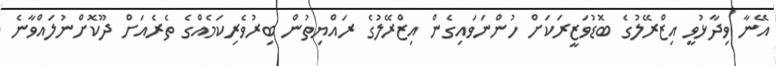
އޭނާ ވިދާޅުވީ އިޒްރޭލުގެ ބޮޑުވަޒީރަކަށް ހުންނަވައިގެން އިޒްރޭލުގެ ރައްޔިތުން ބިރުވެރިކަމެއްގެ ތެރެއަށް ދޫކޮށްނުލައްވާނެ